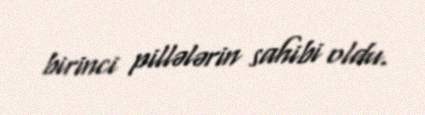
birinci pillələrin sahibi oldu.